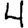
Digit: 4